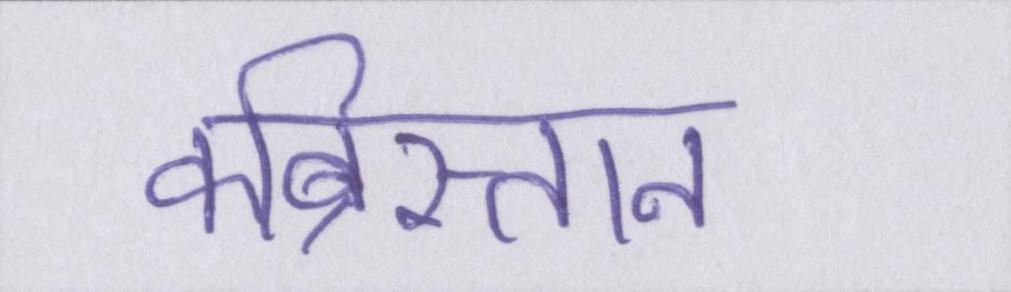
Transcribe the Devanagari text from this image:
कब्रिस्तान